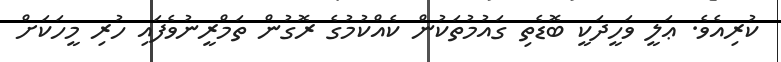
ކުރިއެވެ. ޢަލީ ވަހީދަކީ ބޮޑެތި ގައުމުތަކުން ކެއްކުމުގެ ރޮގުން ތަމްރީނުވެފައި ހުރި މީހަކަށް